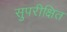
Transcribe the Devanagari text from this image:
सुपरीक्षित